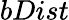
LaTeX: bDist